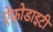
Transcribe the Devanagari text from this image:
ऐफ्रोडाइटी